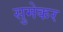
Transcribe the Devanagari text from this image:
सुमेकर